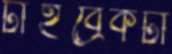
টাইব্রেকটা